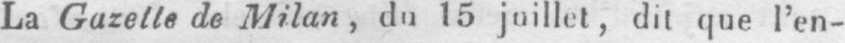
La Gazelle de Milan, du 15 juillet, dit que l’en-